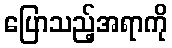
ပြောသည့်အရာကို